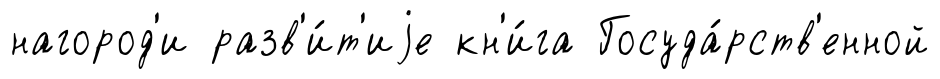
нагород'и разв'и́т'иjе кн'и́га Госуда́рств'енной